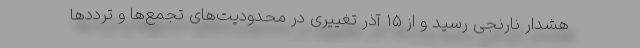
هشدار نارنجی رسید و از ۱۵ آذر تغییری در محدودیت‌های تجمع‌ها و ترددها